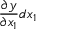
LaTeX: { \frac { \partial y } { \partial x _ { 1 } } } d x _ { 1 }